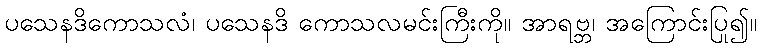
ပသေနဒိကောသလံ၊ ပသေနဒိ ကောသလမင်းကြီးကို။ အာရဗ္ဘ၊ အကြောင်းပြု၍။